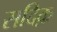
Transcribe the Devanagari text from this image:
सदिक़